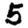
Digit: 5